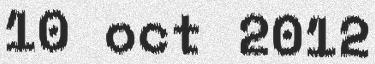
10 oct 2012